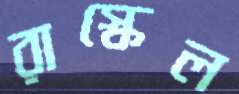
রাস্কেল